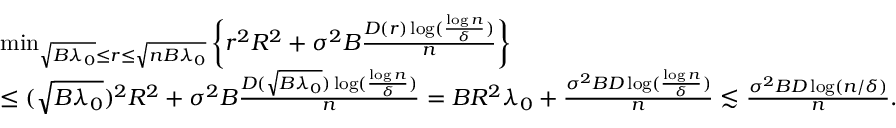
\begin{array} { r l } & { \operatorname* { m i n } _ { \sqrt { B \lambda _ { 0 } } \leq r \leq \sqrt { n B \lambda _ { 0 } } } \bigg \{ r ^ { 2 } R ^ { 2 } + \sigma ^ { 2 } B \frac { D ( r ) \log ( \frac { \log n } { \delta } ) } { n } \bigg \} } \\ & { \leq ( \sqrt { B \lambda _ { 0 } } ) ^ { 2 } R ^ { 2 } + \sigma ^ { 2 } B \frac { D ( \sqrt { B \lambda _ { 0 } } ) \log ( \frac { \log n } { \delta } ) } { n } = B R ^ { 2 } \lambda _ { 0 } + \frac { \sigma ^ { 2 } B D \log ( \frac { \log n } { \delta } ) } { n } \lesssim \frac { \sigma ^ { 2 } B D \log ( n / \delta ) } { n } . } \end{array}